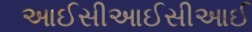
આઈસીઆઈસીઆઈ